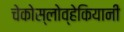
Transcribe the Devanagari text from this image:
चेकोस्लोव्हेकियानी